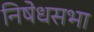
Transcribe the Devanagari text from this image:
निषेधसभा